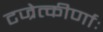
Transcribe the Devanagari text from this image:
टज्रेत्कीर्णाः